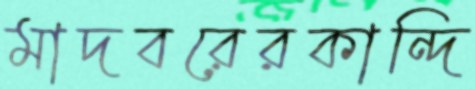
মাদবরেরকান্দি